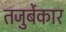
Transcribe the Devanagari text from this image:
तजुर्बेकार